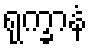
ရုက္ခာနံ